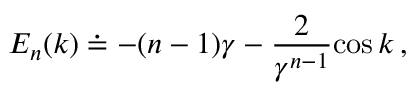
E _ { n } ( k ) \doteq - ( n - 1 ) \gamma - { \frac { 2 } { \gamma \sp { n - 1 } } } \mathrm { c o s } \, k \, ,